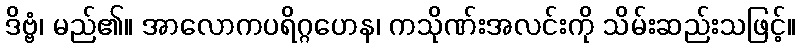
ဒိဗ္ဗံ၊ မည်၏။ အာလောကပရိဂ္ဂဟေန၊ ကသိုဏ်းအလင်းကို သိမ်းဆည်းသဖြင့်။